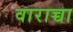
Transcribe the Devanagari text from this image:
वाराच्चा